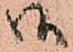
御